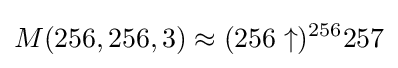
M(256,256,3)\approx (256\uparrow )^{256}257